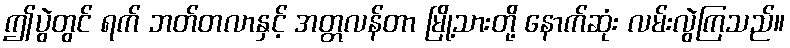
ဤပွဲတွင် ရက် ဘတ်တလာနှင့် အတ္တလန်တာ မြို့သားတို့ နောက်ဆုံး လမ်းလွဲကြသည်။